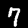
Label: 7